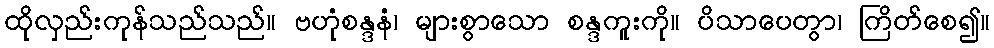
ထိုလှည်းကုန်သည်သည်။ ဗဟုံစန္ဒနံ၊ များစွာသော စန္ဒကူးကို။ ပိသာပေတွာ၊ ကြိတ်စေ၍။